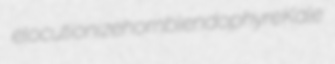
elocutionize hornblendophyre Kale